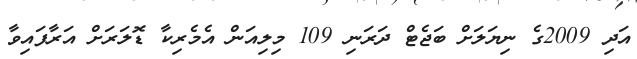
އަދި 2009ގެ ނިޔަލަށް ބަޖެޓް ދަރަނި 109 މިލިއަން އެމެރިކާ ޑޮލަރަށް އަރާފައިވާ